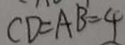
C D = A B = 4